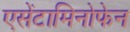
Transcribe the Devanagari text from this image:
एसेंटामिनोफेन